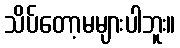
သိပ်တော့မများပါဘူး။